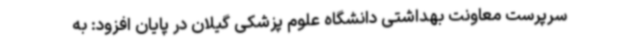
سرپرست معاونت بهداشتی دانشگاه علوم پزشکی گیلان در پایان افزود: به